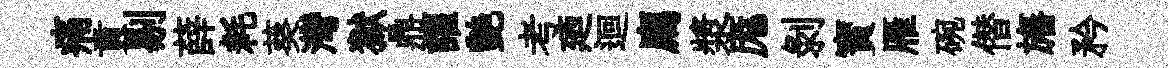
痛賁剔薛耗葵灣獄鼎讙艶考廼迴廌漿厖剝寳雁碗僣旛矜